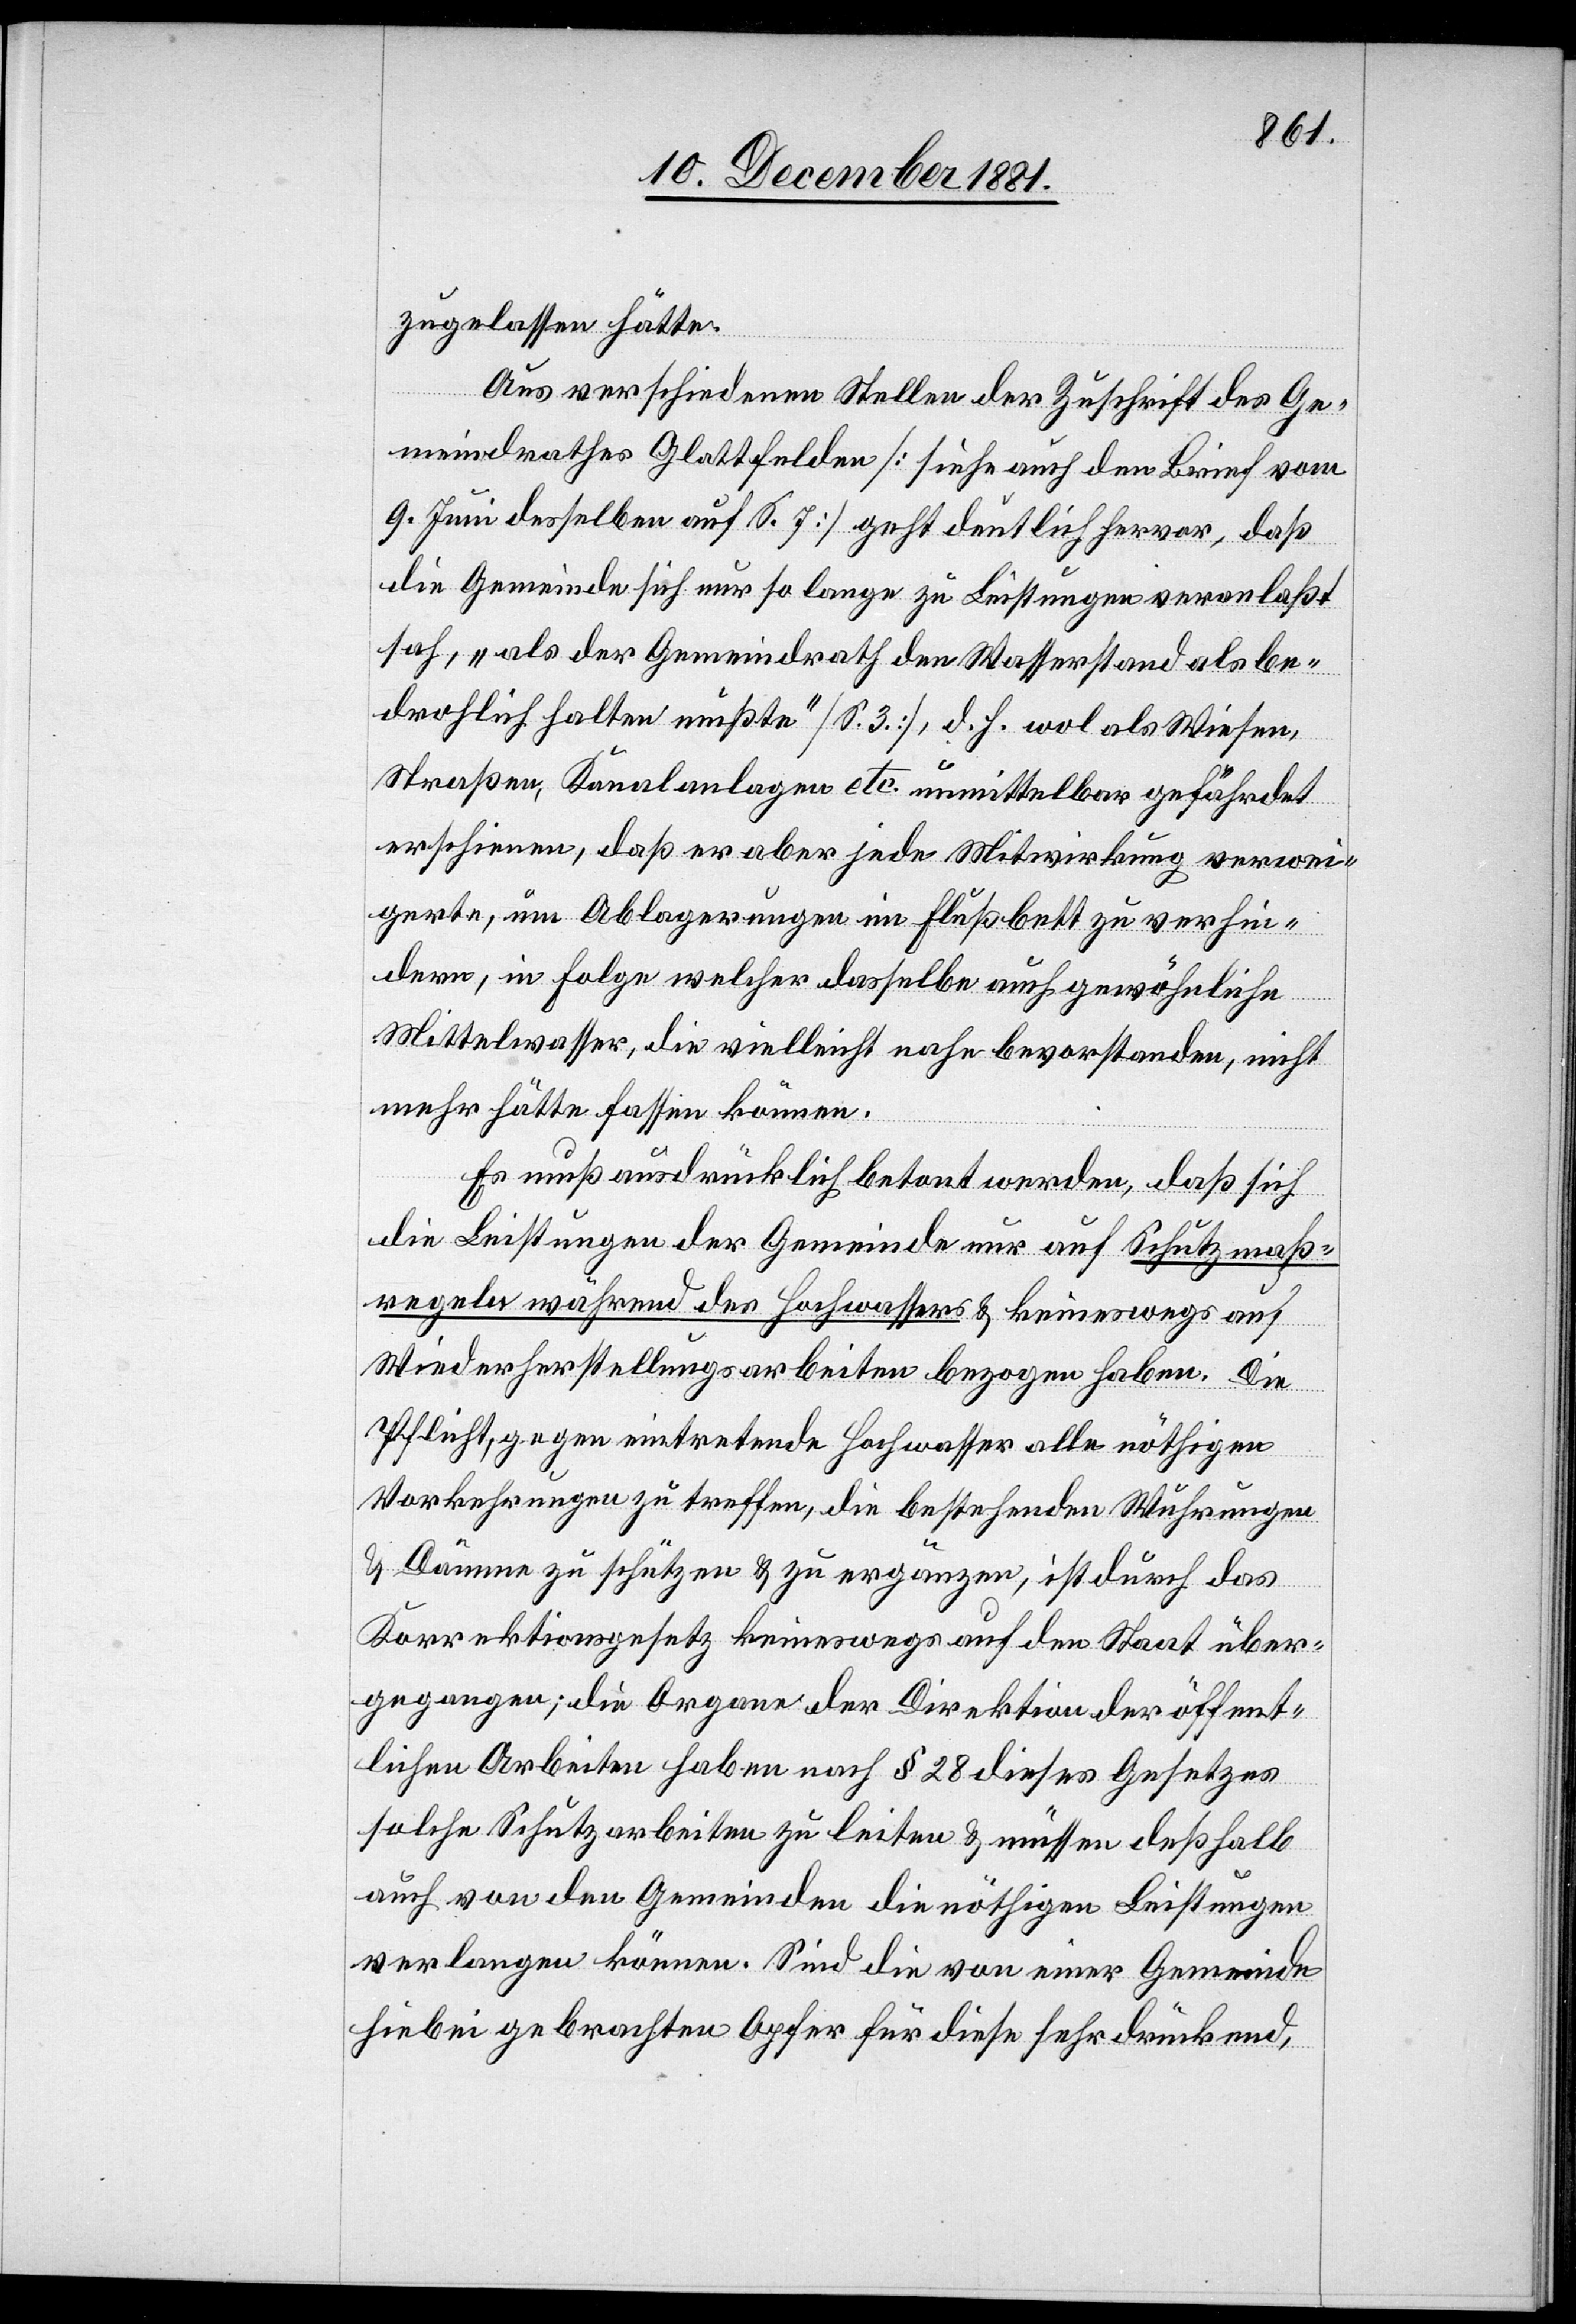
zugelassen hätte.
Aus verschiedenen Stellen der Zuschrift des Ge¬
meindrathes Glattfelden [siehe auch den Brief vom
9. Juni desselben auf S. 7] geht deutlich hervor, daß
die Gemeinde sich nur so lange zu Leistungen veranlaßt
sah, „als der Gemeindrath den Wasserstand als be¬
drohlich halten mußte“ [S. 3], d. h. wol als Wiesen,
Straßen, Kanalanlagen etc. unmittelbar gefährdet
erschienen, daß er aber jede Mitwirkung verwei¬
gerte, um Ablagerungen im Flußbett zu verhin¬
dern, in Folge welcher dasselbe auch gewöhnliche
Mittelwasser, die vielleicht nahe bevorstanden, nicht
mehr hätte fassen können.
Es muß ausdrücklich betont werden, daß sich
die Leistungen der Gemeinde nur auf Schutzmaß¬
regeln während des Hochwassers & keineswegs auf
Wiederherstellungsarbeiten bezogen haben. Die
Pflicht, gegen eintretende Hochwasser alle nöthigen
Vorkehrungen zu treffen, die bestehenden Wuhrungen
& Kämme zu schützen & zu ergänzen, ist durch das
Korrektionsgesetz keineswegs auf den Staat über¬
gegangen; die Organe der Direktion der öffent¬
lichen Arbeiten haben nach § 28 dieses Gesetzes
solche Schutzarbeiten zu leiten & müssen deßhalb
auch von den Gemeinden die nöthigen Leistungen
verlangen können. Sind die von einer Gemeinde
hiebei gebrachten Opfer für diese sehr drückend,